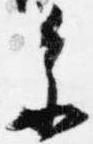
参